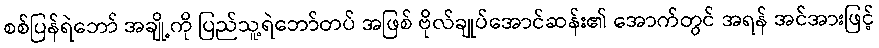
စစ်ပြန်ရဲဘော် အချို့ကို ပြည်သူ့ရဲဘော်တပ် အဖြစ် ဗိုလ်ချုပ်အောင်ဆန်း၏ အောက်တွင် အရန် အင်အားဖြင့်